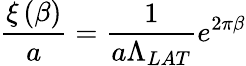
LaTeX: \frac{\xi\left(\beta\right)}{a}=\frac 1{a\Lambda_{LAT}}e^{2\pi\beta}